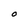
Character: O